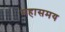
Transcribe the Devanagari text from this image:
महासमय